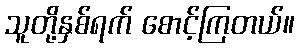
သူတို့နှစ်ရက် စောင့်ကြတယ်။